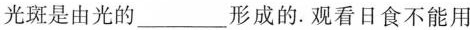
光斑是由光的___形成的。观看日食不能用